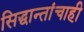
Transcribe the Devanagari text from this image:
सिद्धान्तांचाही